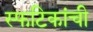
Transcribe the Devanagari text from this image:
स्फटिकांची